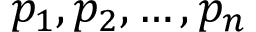
p _ { 1 } , p _ { 2 } , \ldots , p _ { n }